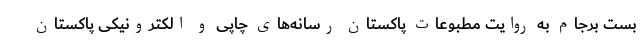
بست برجام به روایت مطبوعات پاکستان رسانه‌های چاپی و الکترونیکی پاکستان